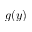
g ( y )